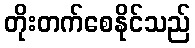
တိုးတက်စေနိုင်သည်